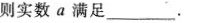
则实数a满足___.